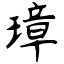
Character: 璋